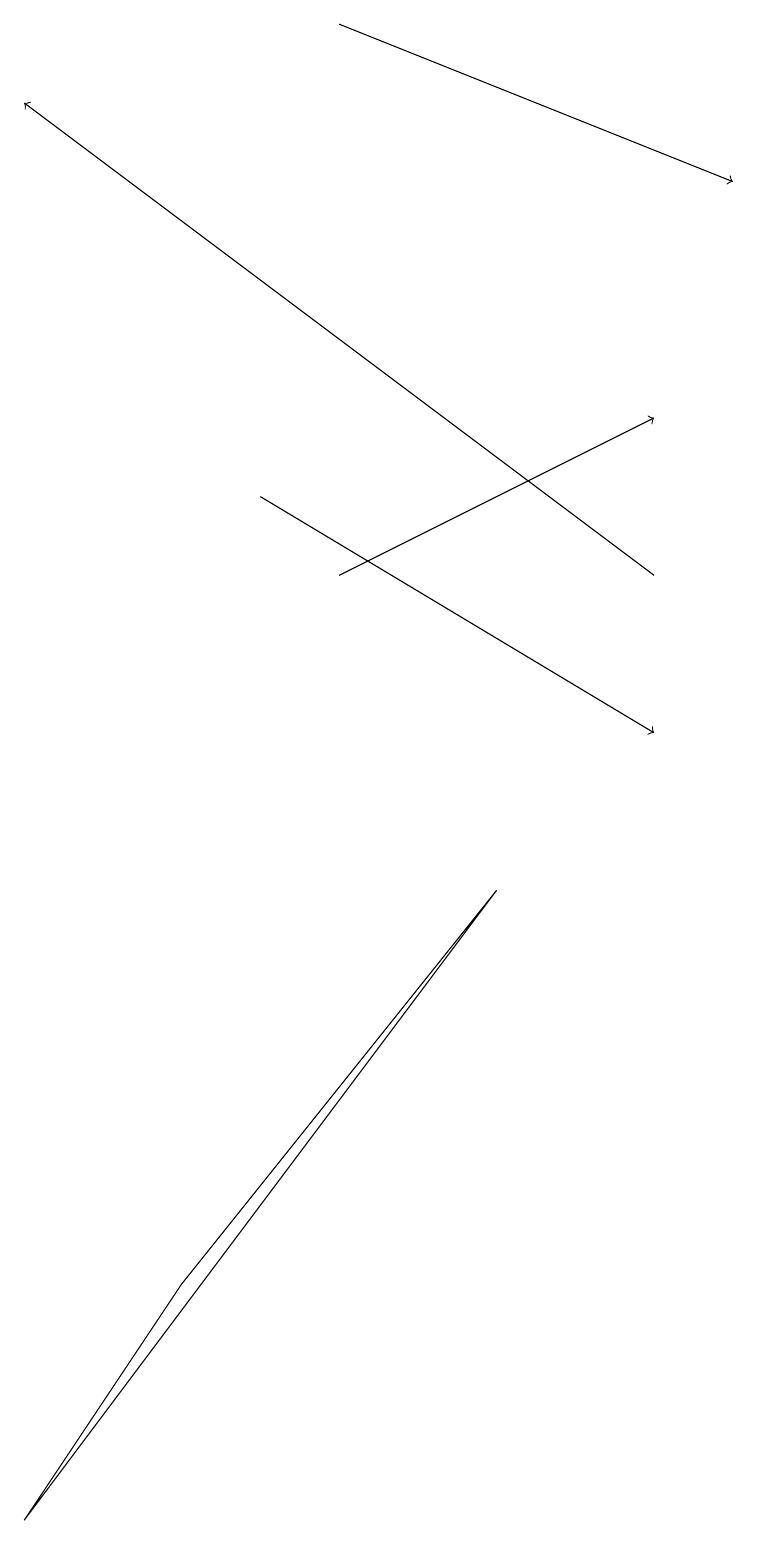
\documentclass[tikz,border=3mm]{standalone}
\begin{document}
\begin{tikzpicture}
\draw[->] (3,13) -- (8,10);
\draw (6,8) -- (2,3) -- (0,0) -- cycle;
\draw[->] (4,12) -- (8,14);
\draw[->] (4,19) -- (9,17);
\draw[->] (8,12) -- (0,18);
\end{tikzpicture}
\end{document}